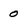
Character: 0